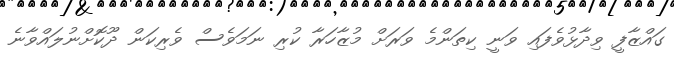
ގައްޒާފީ ވިދާޅުވެފައި ވަނީ ކިތަންމެ ވަރަށް މުޒާހަރާ ކުރި ނަމަވެސް ވެރިކަން ދޫކޮށްނުލައްވާނެ